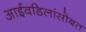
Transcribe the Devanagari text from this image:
आईवडिलांसोबत